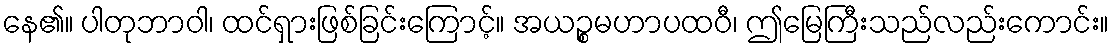
နေ၏။ ပါတုဘာဝါ၊ ထင်ရှားဖြစ်ခြင်းကြောင့်။ အယဉ္စမဟာပထဝီ၊ ဤမြေကြီးသည်လည်းကောင်း။